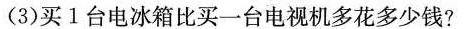
(3)买1台电冰箱比买一台电视机多花多少钱?